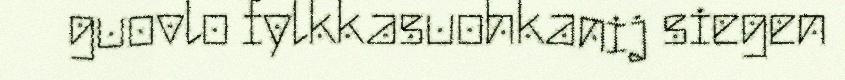
guovlo fylkkasuohkanij siegen